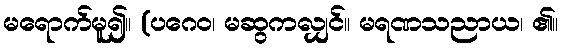
မရောက်မူ၍။ (ပဂေဝ၊ မဆွကလျှင်။ မရဏသညာယ၊ ၏။